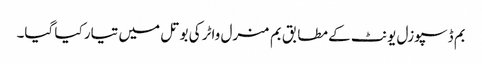
بم ڈسپوزل یونٹ کے مطابق بم منرل واٹر کی بوتل میں تیار کیا گیا۔